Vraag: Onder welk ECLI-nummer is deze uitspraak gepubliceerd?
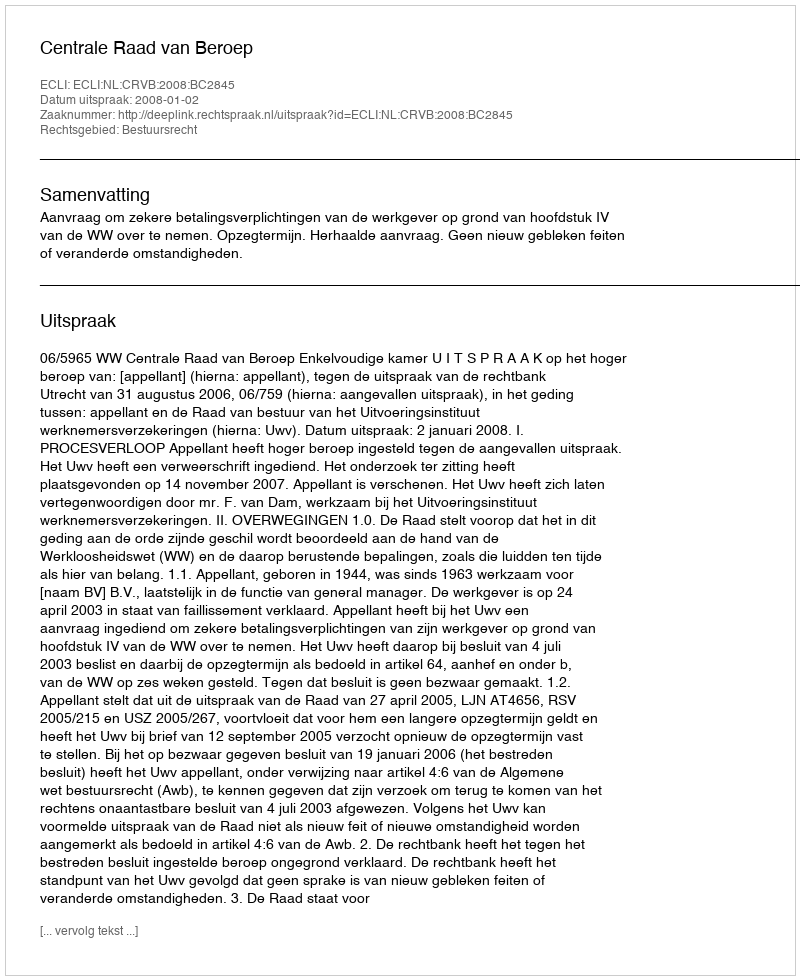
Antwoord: ECLI:NL:CRVB:2008:BC2845